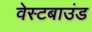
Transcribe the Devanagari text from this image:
वेस्टबाउंड